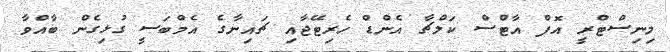
މިނިސްޓްރީ އޮފް އާޓްސް ކަލްޗާ އެންޑް ހެރިޓޭޖާއި ޗައިނާގެ އެމްބަސީ ގުޅިގެން ބާއްވާ